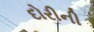
દોરીની